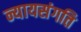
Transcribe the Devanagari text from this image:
न्यायसंगति